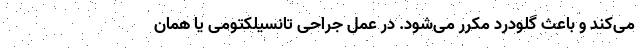
می‌کند و باعث گلودرد مکرر می‌شود. در عمل جراحی تانسیلکتومی یا همان